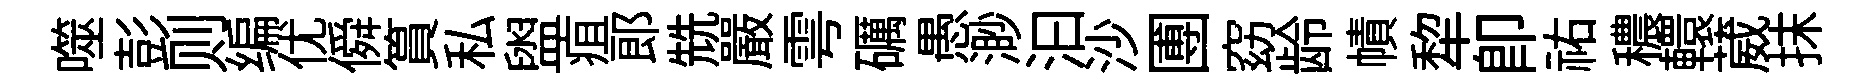
噬彭则编优僢篔私盥疽郞兟嚴雩礪愚渺汩沙圑窈龄幘犂卽祐穠轘葳抹